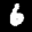
Label: 6